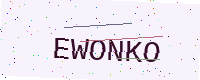
Text: EWONKO